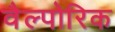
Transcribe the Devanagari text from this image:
वैल्पोरिक